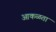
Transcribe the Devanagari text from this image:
आकळता